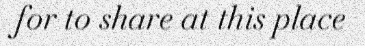
for to share at this place